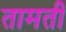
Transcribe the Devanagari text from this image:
तामती